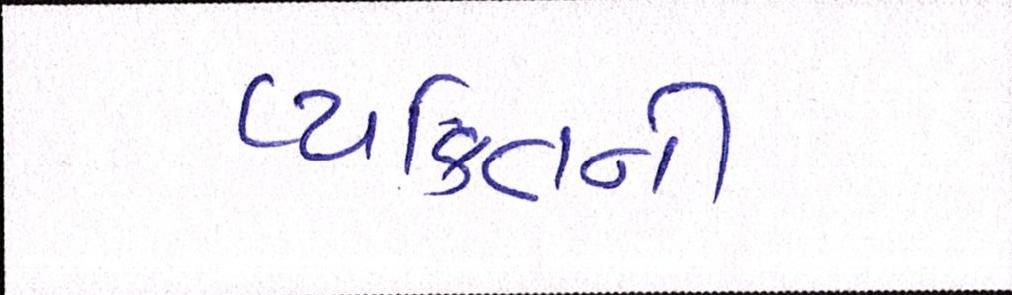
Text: વ્યકિતની